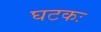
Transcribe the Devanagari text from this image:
घटकः